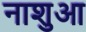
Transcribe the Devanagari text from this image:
नाशुआ